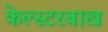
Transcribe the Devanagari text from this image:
केल्स्टरबाख